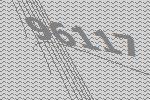
96117